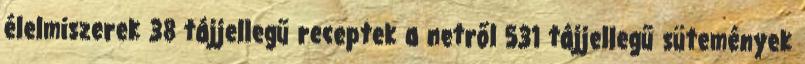
élelmiszerek 38 tájjellegű receptek a netről 531 tájjellegű sütemények